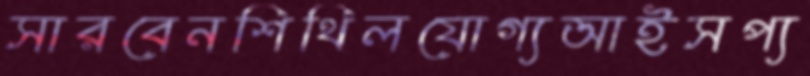
সারবেনশিথিলযোগ্যআইসপ্য